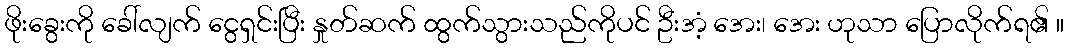
ဖိုးခွေးကို ခေါ်လျက် ငွေရှင်းပြီး နှုတ်ဆက် ထွက်သွားသည်ကိုပင် ဦးအံ့ အေး၊ အေး ဟုသာ ပြောလိုက်ရ၏ ။